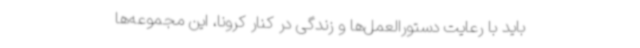
باید با رعایت دستورالعمل‌ها و زندگی در کنار کرونا، این مجموعه‌ها